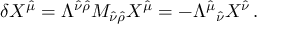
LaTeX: \delta X ^ { \hat { \mu } } = \Lambda ^ { \hat { \nu } \hat { \rho } } M _ { \hat { \nu } \hat { \rho } } X ^ { \hat { \mu } } = - \Lambda ^ { \hat { \mu } } { } _ { \hat { \nu } } X ^ { \hat { \nu } } \, .